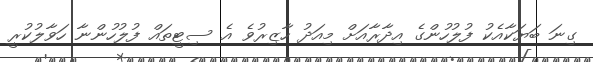
ގިނަ ބަޔަކާއެކު ފުލުހުންގެ އިދާރާއަށް މިއަދު ހާޒިރުވެ އެ ސިޓީތައް ފުލުހުންނާ ހަވާލުކުރީ